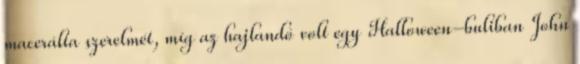
macerálta szerelmét, míg az hajlandó volt egy Halloween-buliban John